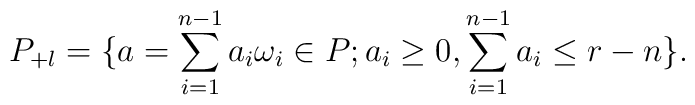
P_{+l}=\{a=\sum_{i=1}^{n-1}a_i\omega_i\in P;a_i\ge0,\sum_{i=1}^{n-1}a_i\le r-n\}.